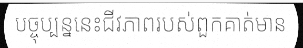
បច្ចុប្បន្ននេះជីវភាពរបស់ពួកគាត់មាន